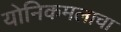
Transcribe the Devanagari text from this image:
योनिकमलाचा